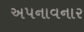
અપનાવનાર